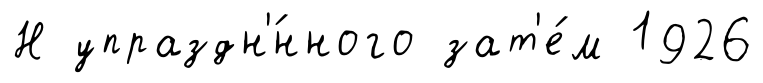
Н упраздн'́нного зат'е́м 1926